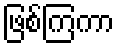
ဖြစ်ကြကာ